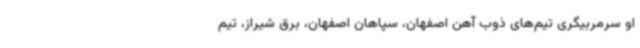
او سرمربیگری تیم‌های ذوب آهن اصفهان، سپاهان اصفهان، برق شیراز، تیم